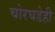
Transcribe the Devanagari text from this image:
चोरघडेही